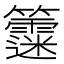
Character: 𥷻